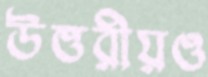
উত্তরীয়ও